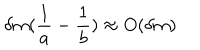
LaTeX: \delta m ( \frac { 1 } { a } - \frac { 1 } { b } ) \approx O ( \delta m )